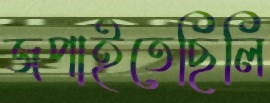
জপাইতেছিলি